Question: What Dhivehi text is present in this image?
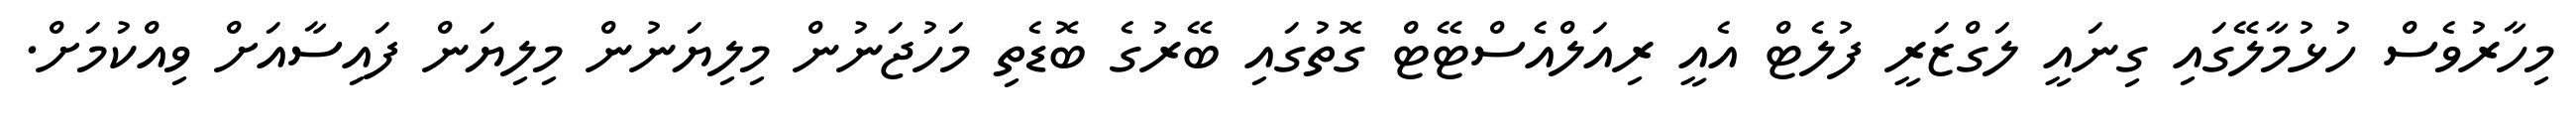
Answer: މިހާރުވެސް ހުޅުމާލޭގައި ގިނައީ ލަގްޒަރީ ފުލެޓް އެއީ ރިއަލްއެސްޓޭޓް ގޮތުގައި ބޭރުގެ ބޮޑެތި މަހުޖަނުން މިލިޔަނުން މިލިޔަން ފައިސާއަށް ވިއްކުމަށް.